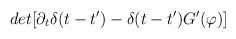
LaTeX: \begin{align*}det[\partial_{t}\delta(t-t^{\prime})-\delta(t-t^{\prime})G^{\prime}(\varphi)]\end{align*}